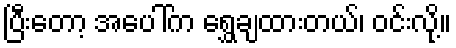
ပြီးတော့ အပေါ်က ရွှေချထားတယ်၊ ဝင်းလို့။